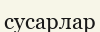
сусарлар